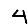
Digit: 4